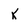
Character: K